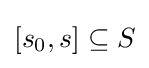
\left[s_{0},s\right]\subseteq S